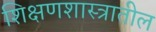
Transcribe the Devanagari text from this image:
शिक्षणशास्त्रातील